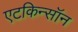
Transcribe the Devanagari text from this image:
एटकिन्सॉन